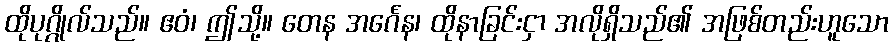
ထိုပုဂ္ဂိုလ်သည်။ ဧဝံ၊ ဤသို့။ တေန အင်္ဂေန၊ ထိုနာခြင်းငှာ အလိုရှိသည်၏ အဖြစ်တည်းဟူသော